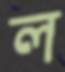
ল